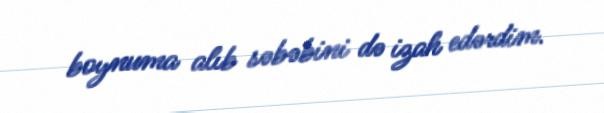
boynuma alıb səbəbini də izah edərdim.